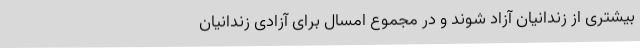
بیشتری از زندانیان آزاد شوند و در مجموع امسال برای آزادی زندانیان